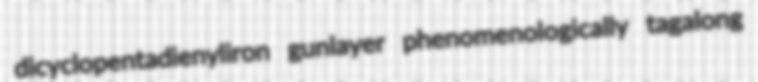
dicyclopentadienyliron gunlayer phenomenologically tagalong